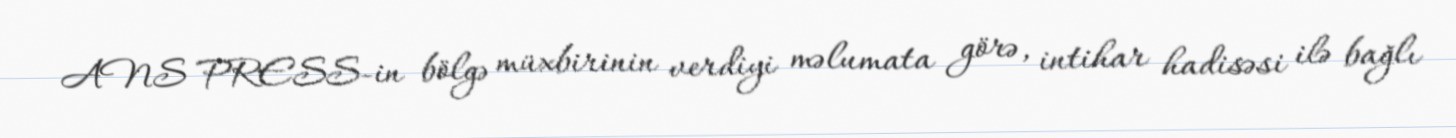
ANS PRESS-in bölgə müxbirinin verdiyi məlumata görə, intihar hadisəsi ilə bağlı